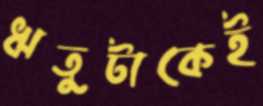
ঋতুটাকেই